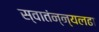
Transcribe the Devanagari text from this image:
स्वातंन्न्यलढा